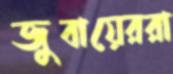
জুবায়েররা